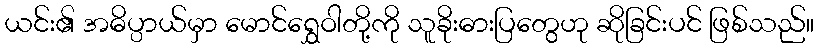
ယင်း၏ အဓိပ္ပာယ်မှာ မောင်ရွှေဝါတို့ကို သူခိုးဓားပြတွေဟု ဆိုခြင်းပင် ဖြစ်သည်။